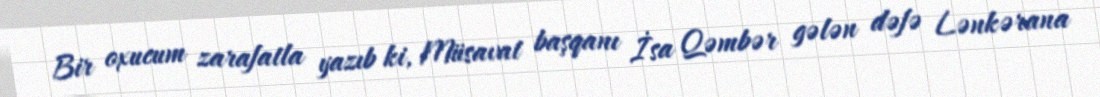
Bir oxucum zarafatla yazıb ki, Müsavat başqanı İsa Qəmbər gələn dəfə Lənkərana